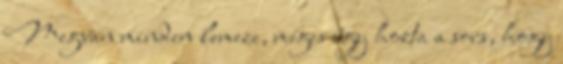
Megvan minden lemeze, mégis úgy hozta a sors, hogy